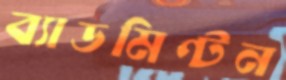
ব্যাডমিণ্টন